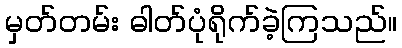
မှတ်တမ်း ဓါတ်ပုံရိုက်ခဲ့ကြသည်။